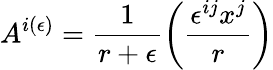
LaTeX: A^{i(\epsilon)}=\frac{1}{r+\epsilon}\left(\frac{\epsilon^{ij}x^{j}}{r}\right)